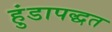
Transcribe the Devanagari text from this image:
हुंडापद्धत